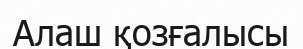
Алаш қозғалысы